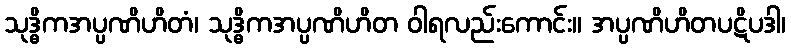
သုဒ္ဓိကအပ္ပဏိဟိတံ၊ သုဒ္ဓိကအပ္ပဏိဟိတ ဝါရလည်းကောင်း။ အပ္ပဏိဟိတပဋိပဒါ၊